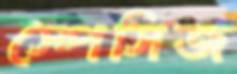
স্পেসিজ